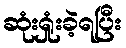
ဆုံးရှုံးခဲ့ရပြီး